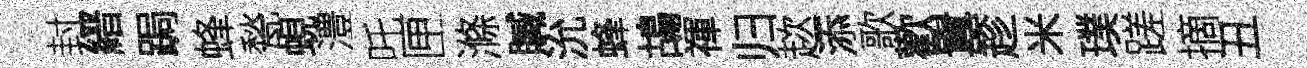
封縉跼蜂甃蜆澧吒匣滌贓沇蜂鴣禈归趑添歌歡囂趁米璞蹉摘丑